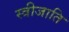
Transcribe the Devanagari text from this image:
स्त्रीजाति